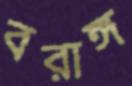
বরাঙ্গ